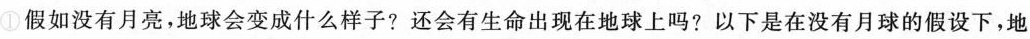
①假如没有月亮，地球会变成什么样子?还会有生命出现在地球上吗?以下是在没有月球的假设下，地